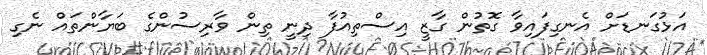
އަޅުގަނޑަށް އެނގިފައިވާ ގޮތުން ގާޒީ އިސްތިއުފާ ދިނީ ތިން ވާރިސުންގެ ބަޔާންތައް ނެގި